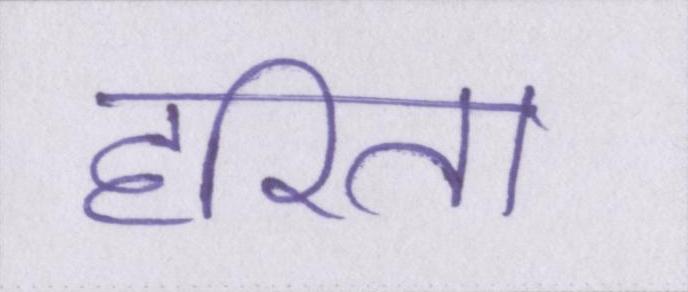
हरिता